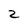
Character: z